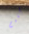
كليم